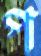
প